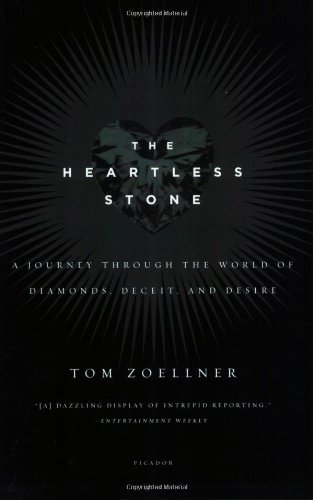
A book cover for The Heartless Stone: A Journey Through the World of Diamonds, Deceit, and Desire; Tom Zoellner; Travel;